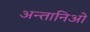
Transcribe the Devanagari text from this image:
अन्तानिओ